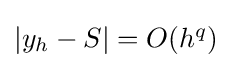
{\textstyle \left|y_{h}-S\right|=O(h^{q})}